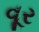
વૂર